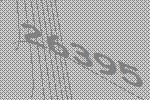
26395